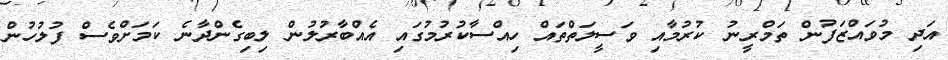
އަދި މުވައްޒަފުން ތަމްރީނު ކުރުމާއި ވަސީލަތްތައް ހިއްސާކުރުމުގައި އެއްބާރުލުން ލިބިގެންދާނެ ކަމަށްވެސް ފުލުހުން